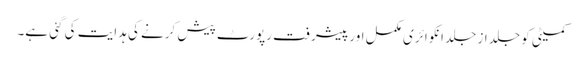
کمیٹی کو جلد از جلد انکوائری مکمل اور پیشرفت رپورٹ پیش کرنے کی ہدایت کی گئی ہے۔